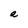
Character: R